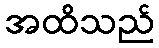
အထိသည်